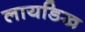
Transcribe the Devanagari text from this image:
लायडिख